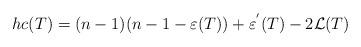
LaTeX: \begin{align*} hc(T) = (n-1)(n-1-\varepsilon(T)) + \varepsilon^{'}(T) - 2\mathcal{L}(T) \end{align*}